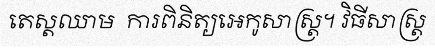
តេស្តឈាម  ការពិនិត្យអេកូសាស្ត្រ។ វិធីសាស្ត្រ